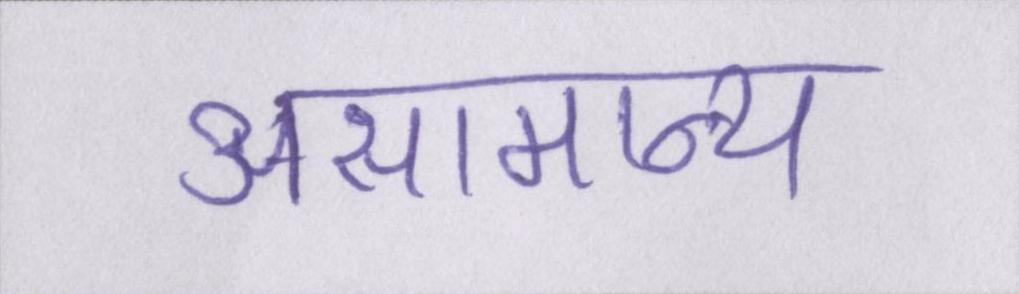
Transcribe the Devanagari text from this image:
असामान्य